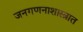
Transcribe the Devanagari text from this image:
जनगणनाशास्त्रात